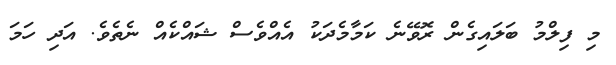
މި ފިލްމު ބަލައިގެން ރޮވޭނެ ކަމާމެދަކު އެއްވެސް ޝައްކެއް ނެތެވެ. އަދި ހަމަ